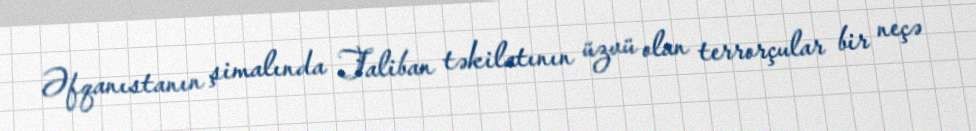
Əfqanıstanın şimalında Taliban təkilatının üzvü olan terrorçular bir neçə